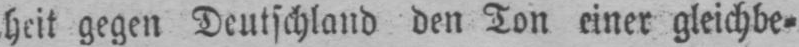
heit gegen Deutschland den Ton einer gleichbe⸗